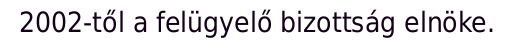
2002-től a felügyelő bizottság elnöke.